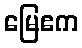
မြေဧက